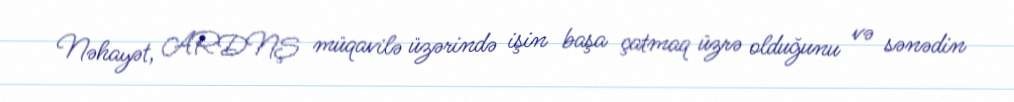
Nəhayət, ARDNŞ müqavilə üzərində işin başa çatmaq üzrə olduğunu və sənədin